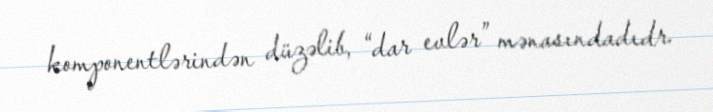
komponentlərindən düzəlib, “dar evlər” mənasındadıdr.